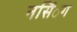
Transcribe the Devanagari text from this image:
नर्सि॑ग